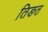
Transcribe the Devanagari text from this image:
तिङत